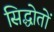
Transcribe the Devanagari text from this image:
सिद्धोतों